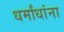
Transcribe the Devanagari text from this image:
धर्मांधांना